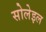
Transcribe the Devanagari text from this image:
सोलेइल